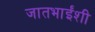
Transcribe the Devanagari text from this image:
जातभाईंशी